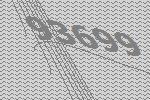
93699